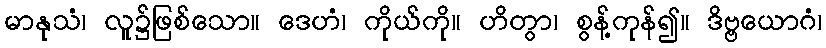
မာနုသံ၊ လူ၌ဖြစ်သော။ ဒေဟံ၊ ကိုယ်ကို။ ဟိတွာ၊ စွန့်ကုန်၍။ ဒိဗ္ဗယောဂံ၊